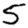
Digit: 5